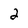
Character: 2